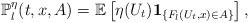
LaTeX: \begin{align*}\mathbb{P}_l^\eta(t,x,A)=\mathbb{E}\left[\eta(U_{t}){\bf 1}_{\{F_l(U_t,x)\in A\}}\right],\end{align*}